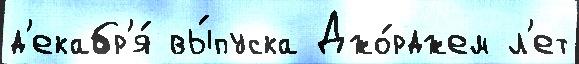
д'екабр'я́ вы́пуска Джо́рджем л'ет